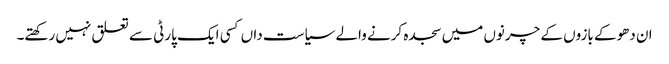
ان دھوکے بازوں کے چرنوں میں سجدہ کرنے والے سیاست داں کسی ایک پارٹی سے تعلق نہیں رکھتے۔